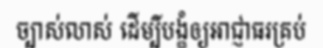
ច្បាស់លាស់ ដើម្បីបង្ខំឲ្យអាជ្ញាធរគ្រប់